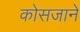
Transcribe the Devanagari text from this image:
कोसजाने